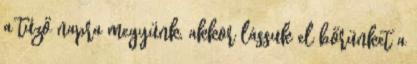
a tűző napra megyünk, akkor lássuk el bőrünket a